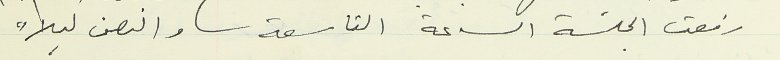
رفعت الجلسة الساعة التاسعة والنصف ليلاً.